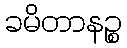
ခမိတာနဉ္စ